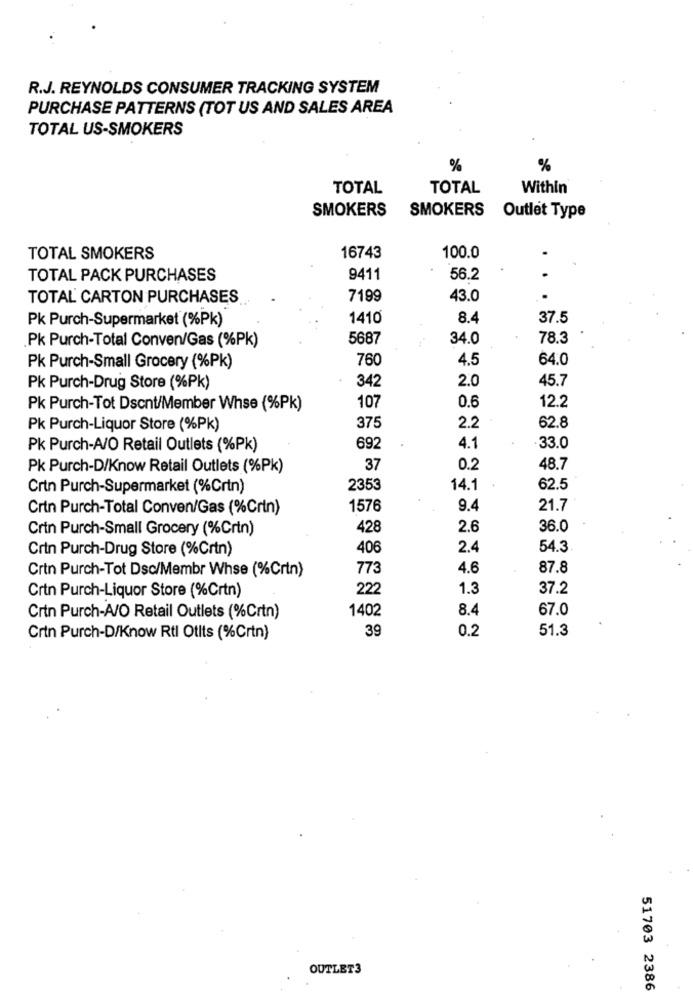
R.J. REYNOLDS CONSUMER TRACKING SYSTEM
PURCHASE PATTERNS (TOT US AND SALES AREA
TOTAL US-SMOKERS
%
%
TOTAL
TOTAL
Within
SMOKERS
SMOKERS Outlet Type
TOTAL SMOKERS
16743
100.0
.
TOTAL PACK PURCHASES
9411
56.2
TOTAL CARTON PURCHASES
7199
43.0
Pk Purch-Supermarket (%Pk)
1410
8.4
37.5
5687
34.0
78.3
Pk Purch-Total Conven/Gas (%Pk)
760
4.5
64.0
Pk Purch-Small Grocery (%Pk)
342
2.0
45.7
Pk Purch-Drug Store (%Pk)
12.2
Pk Purch-Tot Dscnt/Member Whse (%Pk)
107
0.6
Pk Purch-Liquor Store (%Pk)
375
2.2
62.8
Pk Purch-A/O Retail Outlets (%Pk)
692
4.1
.33.0
Pk Purch-D/Know Retail Outlets (%Pk)
37
0.2
48.7
Crin Purch-Supermarket (%Crin)
2353
14.1
62.5
Crin Purch-Total Conven/Gas (%Crin)
1576
9.4
21.7
Crin Purch-Small Grocery (%Crin)
428
2.6
36.0
Crin Purch-Drug Store (%Crtn)
406
2.4
54.3
Crin Purch-Tot Dsc/Membr Whse (%Crin)
773
4.6
87.8
Crtn Purch-Liquor Store (%Crtn)
222
1.3
37.2
1402
8.4
67.0
Crin Purch-A/O Retail Outlets (%Crtn)
39
0.2
51.3
Crin Purch-D/Know Rtl Otits (%Crtn)
OUTLET3
51703 2386